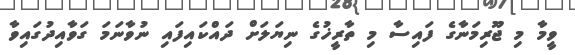
ވީމާ މި ޖޫރިމަނާގެ ފައިސާ މި ތާރީޚުގެ ނިޔަލަށް ދައްކައިފައި ނުވާނަމަ ގަވާއިދުގައިވާ